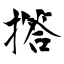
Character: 撘